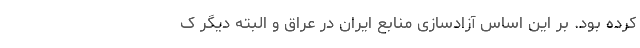
کرده بود. بر این اساس آزادسازی منابع ایران در عراق و البته دیگر ک